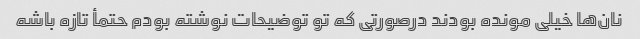
نان‌ها خیلی مونده بودند درصورتی که تو توضیحات نوشته بودم حتمأ تازه باشه